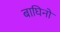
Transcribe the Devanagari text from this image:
बाघिनों